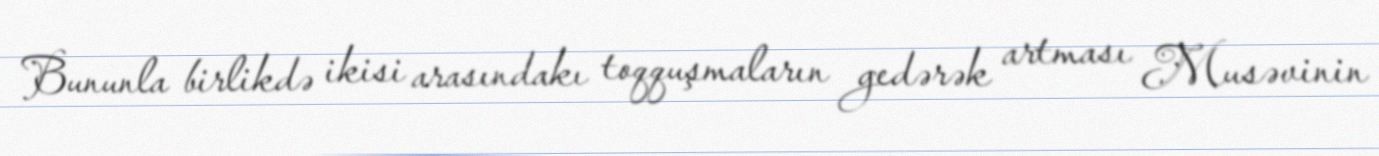
Bununla birlikdə ikisi arasındakı toqquşmaların gedərək artması Musəvinin